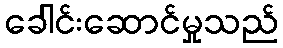
ခေါင်းဆောင်မှုသည်